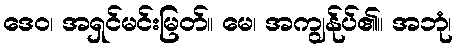
ဒေဝ၊ အရှင်မင်းမြတ်။ မေ၊ အကျွန်ုပ်၏။ အဘုံ၊